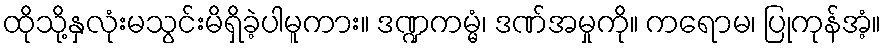
ထိုသို့နှလုံးမသွင်းမိရှိခဲ့ပါမူကား။ ဒဏ္ဍကမ္မံ၊ ဒဏ်အမှုကို။ ကရောမ၊ ပြုကုန်အံ့။